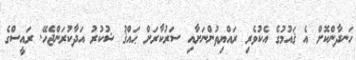
ހަނދާންކޮށް އެ ޤައުމުގެ އެކުވެރި ރައްޔިތުންނަށާއި ސަރުކާރަށް ޙައްޤު ޝުކުރު އަދާކުރަންޖެހޭ. ރައީސްގެ